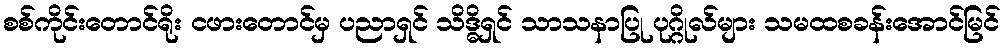
စစ်ကိုင်းတောင်ရိုး ငဖားတောင်မှ ပညာရှင် သိဒ္ဓိရှင် သာသနာပြု ပုဂ္ဂိုလ်များ သမထစခန်းအောင်မြင်